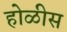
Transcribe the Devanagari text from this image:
होळीस